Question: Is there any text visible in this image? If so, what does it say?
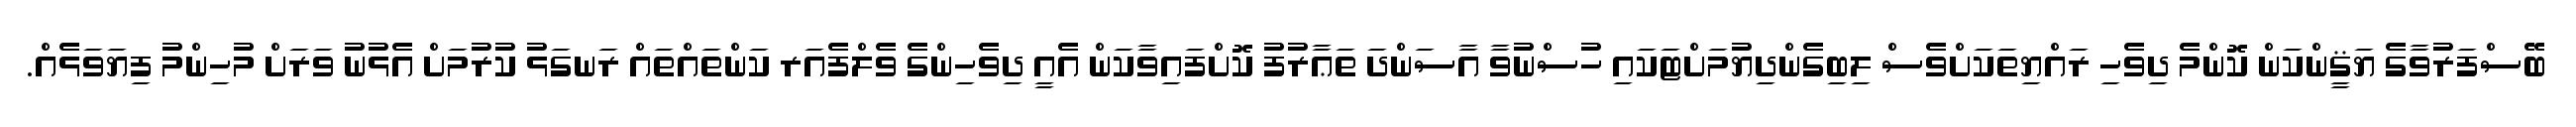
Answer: ބޭސްފަރުވާގެ ޔަޤީންކަން ކޮންމެ ދިވެހި ރައްޔިތަކަށްވެސް ލިބިގެންދިޔުމަށްޓަކައި ހުސްނުވާ އާސަންދަ ތަޢާރުފު ކޮށްފައިވާކަން އެއީ ދިވެހިންގެ ވެލްފެއަރ ކަންތައްތައް ރަނގަޅު ކުރުމަށް އެޅުނު ވަރަށް މުހިންމު ފިޔަވަޅެއް.